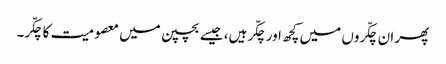
پھر ان چکّروں میں کچھ اور چکّر ہیں، جیسے بچپن میں معصومیت کا چکّر۔